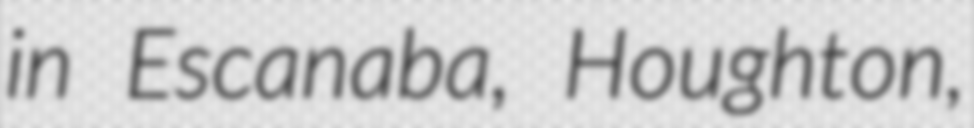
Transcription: in Escanaba, Houghton,